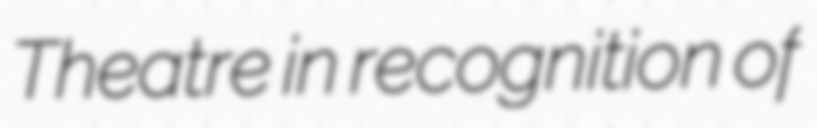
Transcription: Theatre in recognition of